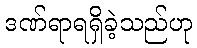
ဒဏ်ရာရရှိခဲ့သည်ဟု